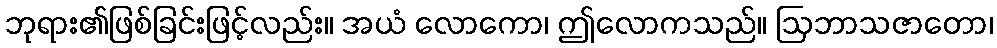
ဘုရား၏ဖြစ်ခြင်းဖြင့်လည်း။ အယံ လောကော၊ ဤလောကသည်။ ဩဘာသဇာတော၊